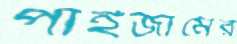
পাইজামের